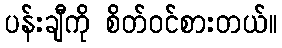
ပန်းချီကို စိတ်ဝင်စားတယ်။